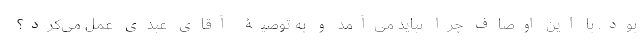
بود. با این اوصاف چرا نباید می‌آمد و به توصیۀ آقای عبدی عمل می‌کرد؟